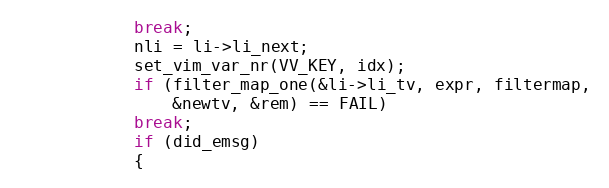
Language: C
			break;
		    nli = li->li_next;
		    set_vim_var_nr(VV_KEY, idx);
		    if (filter_map_one(&li->li_tv, expr, filtermap,
				&newtv, &rem) == FAIL)
			break;
		    if (did_emsg)
		    {